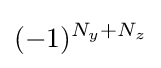
(-1)^{N_{y}+N_{z}}